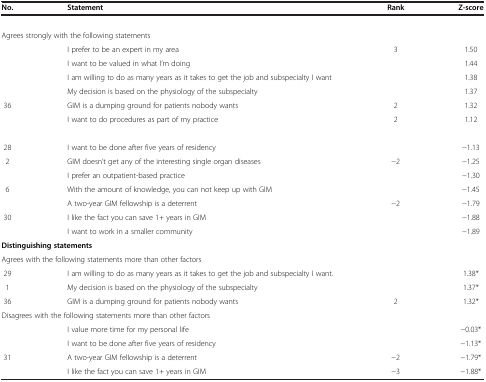
<table><thead><tr><td><b>No.</b></td><td><b>Statement</b></td><td><b>Rank</b></td><td><b>Z-score</b></td></tr></thead><tbody><tr><td colspan="4">[EMPTY_CELL]</td></tr><tr><td colspan="4">Agrees strongly with the following statements</td></tr><tr><td>[EMPTY_CELL]</td><td>I prefer to be an expert in my area</td><td>3</td><td>1.50</td></tr><tr><td>[EMPTY_CELL]</td><td>I want to be valued in what I’m doing</td><td>[EMPTY_CELL]</td><td>1.44</td></tr><tr><td>[EMPTY_CELL]</td><td>I am willing to do as many years as it takes to get the job and subspecialty I want</td><td>[EMPTY_CELL]</td><td>1.38</td></tr><tr><td>[EMPTY_CELL]</td><td>My decision is based on the physiology of the subspecialty</td><td>[EMPTY_CELL]</td><td>1.37</td></tr><tr><td>36</td><td>GIM is a dumping ground for patients nobody wants</td><td>2</td><td>1.32</td></tr><tr><td>[EMPTY_CELL]</td><td>I want to do procedures as part of my practice</td><td>2</td><td>1.12</td></tr><tr><td colspan="4">[EMPTY_CELL]</td></tr><tr><td>28</td><td>I want to be done after five years of residency</td><td>[EMPTY_CELL]</td><td>-1.13</td></tr><tr><td>2</td><td>GIM doesn’t get any of the interesting single organ diseases</td><td>-2</td><td>-1.25</td></tr><tr><td>[EMPTY_CELL]</td><td>I prefer an outpatient-based practice</td><td>[EMPTY_CELL]</td><td>-1.30</td></tr><tr><td>6</td><td>With the amount of knowledge, you can not keep up with GIM</td><td>[EMPTY_CELL]</td><td>-1.45</td></tr><tr><td>[EMPTY_CELL]</td><td>A two-year GIM fellowship is a deterrent</td><td>-2</td><td>-1.79</td></tr><tr><td>30</td><td>I like the fact you can save 1+ years in GIM</td><td>[EMPTY_CELL]</td><td>-1.88</td></tr><tr><td>[EMPTY_CELL]</td><td>I want to work in a smaller community</td><td>[EMPTY_CELL]</td><td>-1.89</td></tr><tr><td colspan="4"><b>Distinguishing statements</b></td></tr><tr><td colspan="4">Agrees with the following statements more than other factors</td></tr><tr><td>29</td><td>I am willing to do as many years as it takes to get the job and subspecialty I want.</td><td>[EMPTY_CELL]</td><td>1.38*</td></tr><tr><td>1</td><td>My decision is based on the physiology of the subspecialty</td><td>[EMPTY_CELL]</td><td>1.37*</td></tr><tr><td>36</td><td>GIM is a dumping ground for patients nobody wants</td><td>2</td><td>1.32*</td></tr><tr><td colspan="4">Disagrees with the following statements more than other factors</td></tr><tr><td>[EMPTY_CELL]</td><td>I value more time for my personal life</td><td>[EMPTY_CELL]</td><td>-0.03*</td></tr><tr><td>[EMPTY_CELL]</td><td>I want to be done after five years of residency</td><td>[EMPTY_CELL]</td><td>-1.13*</td></tr><tr><td>31</td><td>A two-year GIM fellowship is a deterrent</td><td>-2</td><td>-1.79*</td></tr><tr><td>[EMPTY_CELL]</td><td>I like the fact you can save 1+ years in GIM</td><td>-3</td><td>-1.88*</td></tr></tbody></table>